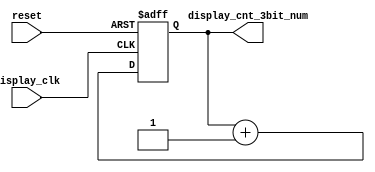
module display_cnt_3bit(input reset, input display_clk,
                        output  reg [2:0] display_cnt_3bit_num);
    always @(  posedge reset or posedge display_clk) begin
        if ( reset) display_cnt_3bit_num <= 0;
        else  display_cnt_3bit_num <= display_cnt_3bit_num + 1;
    end 
endmodule